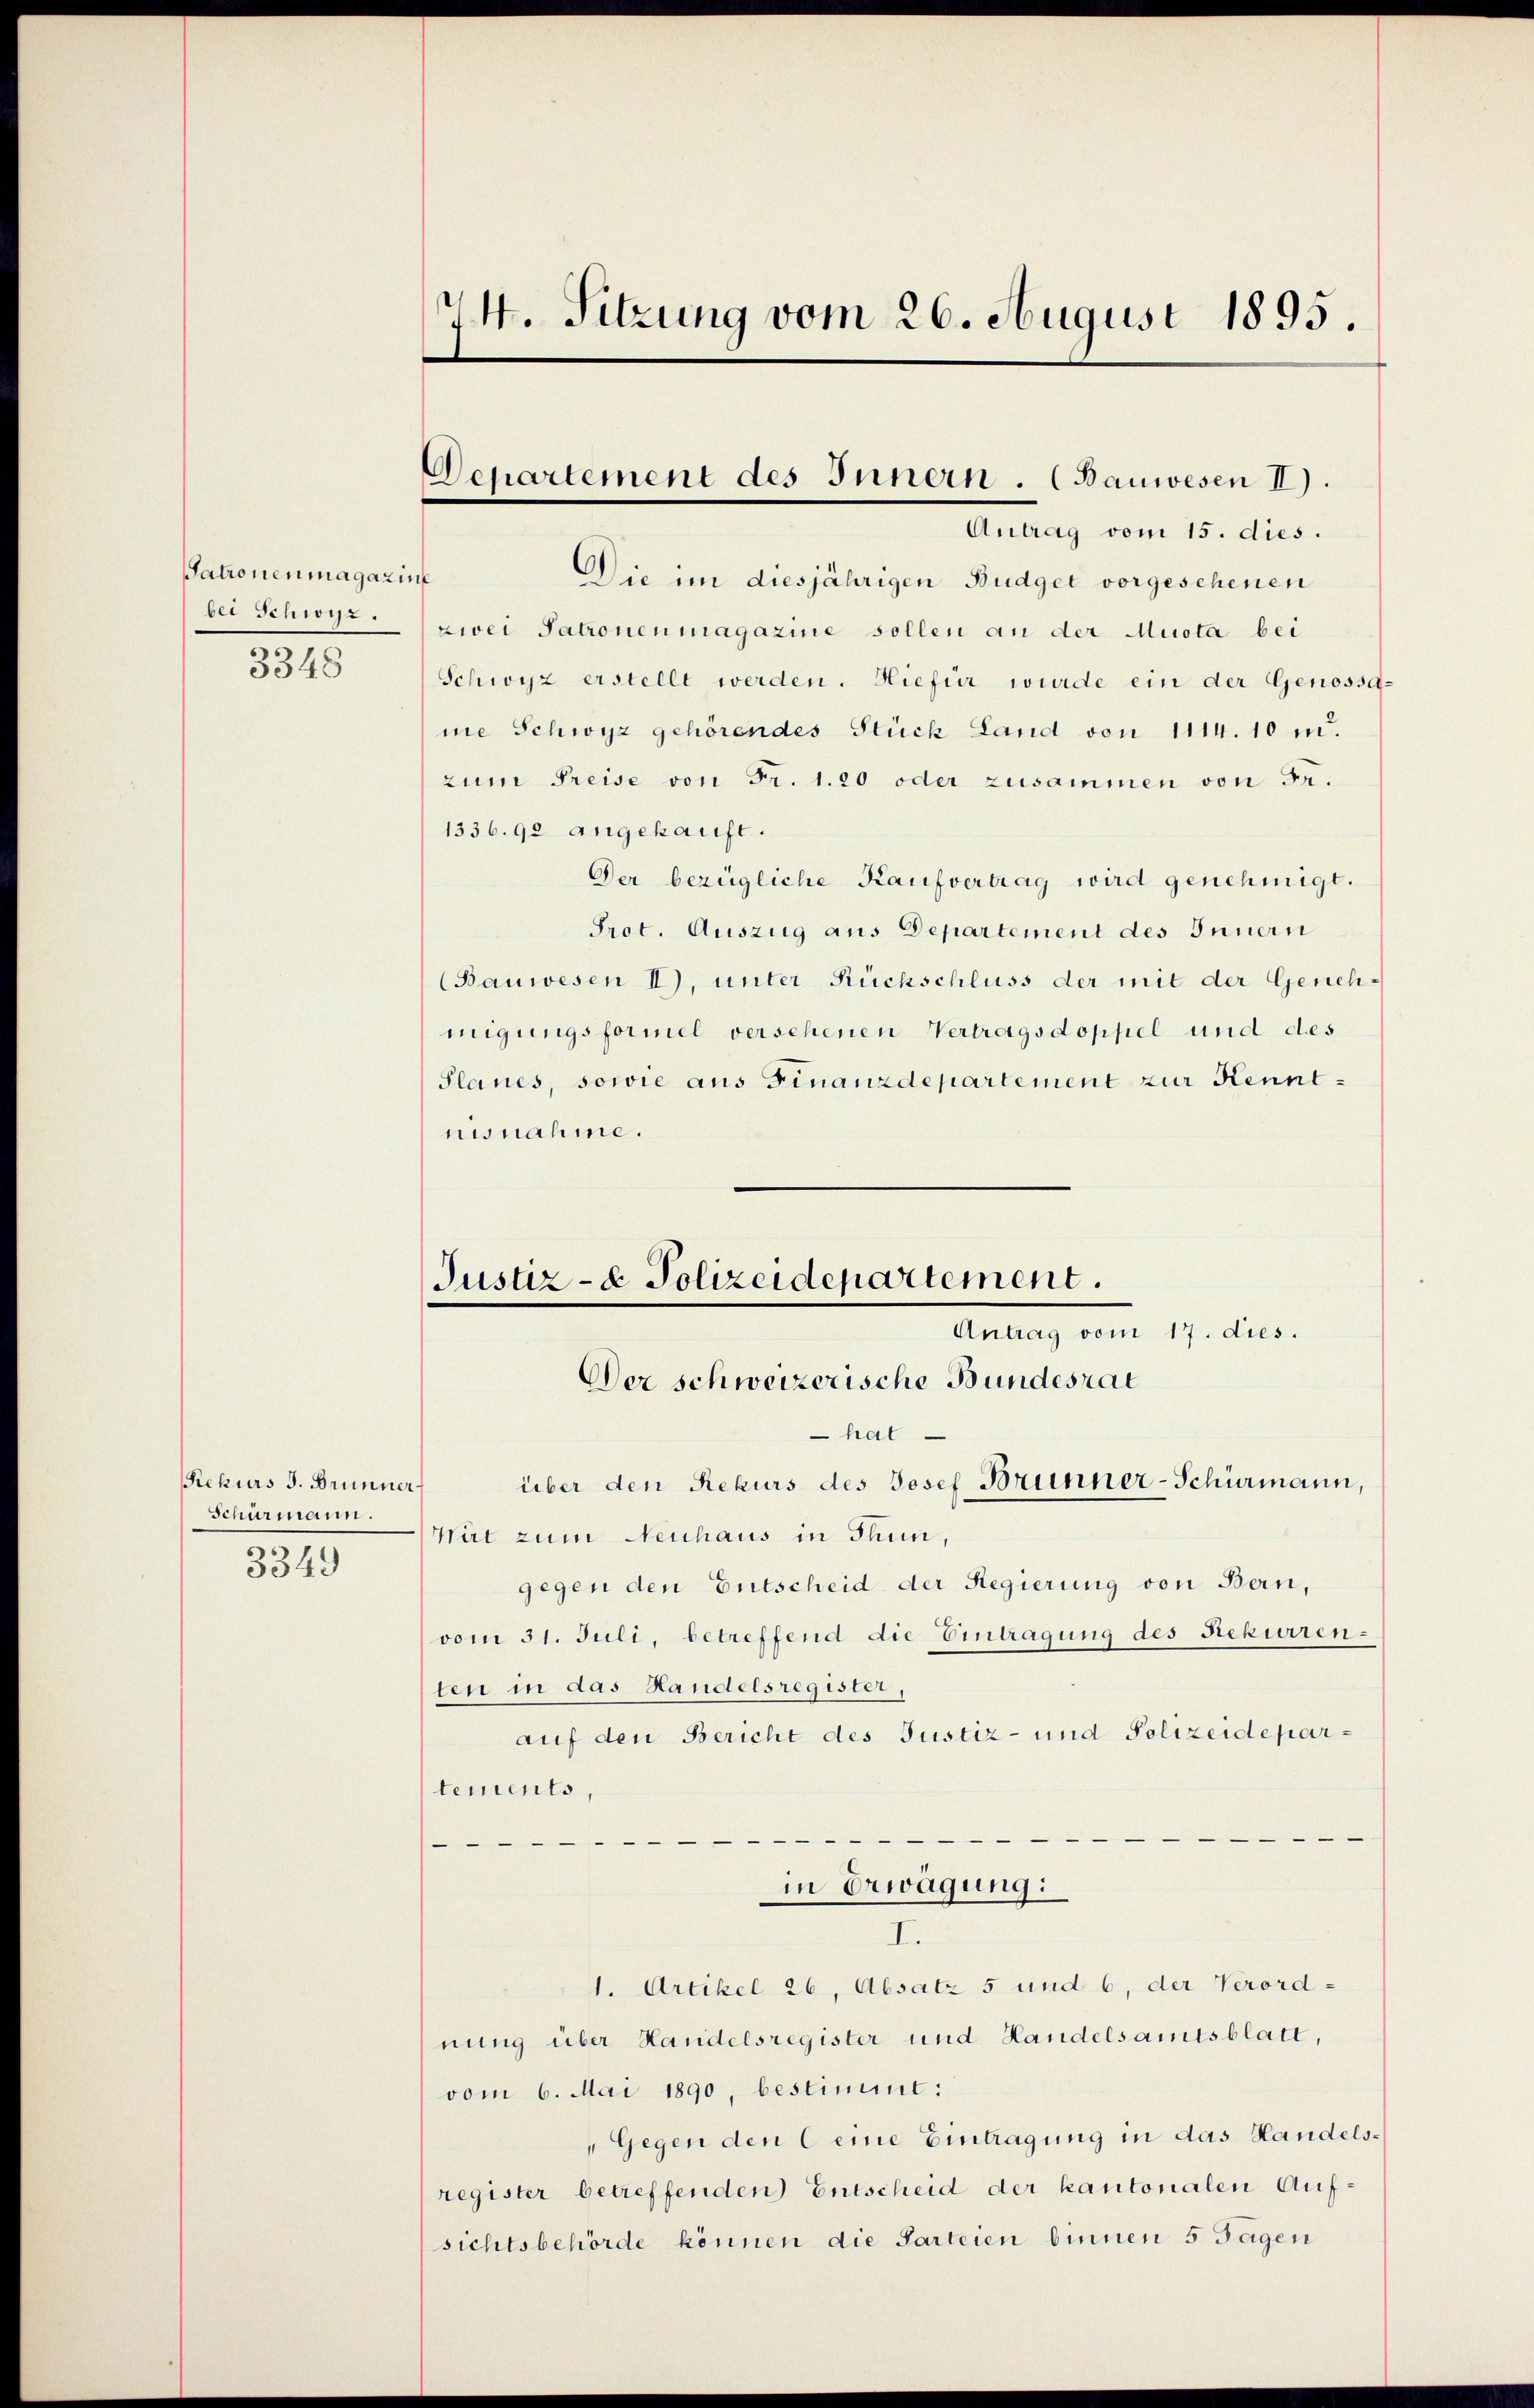
Satronenmagazin
bei Schwyz.
3345

Rekurs J. Brunner
Schürmann.
3349

e
14. Sitzung vom 26. August 1895.

Departement des Innern. (Bauwesen II).
Antrag vom 15. dies.

Justiz- & Polizeidepartement.
Antrag vom 17. dies.

e
Die im diesjährigen Budget vorgesehenen
zwei Patronenmagazine sollen an der Muota bei
Schwyz erstellt werden. Hiefür wurde ein der Genossame Schwyz gehörendes Stück Land von 1114. 10 u.
zum Preise von Fr. 1. 20 oder zusammen von Fr.
1336. 92 angekauft.
Der bezügliche Kaufvertrag wird genehmigt.
Prot. Auszug aus Departement des Innern
(Bauwesen I), unter Rückschluss der mit der Genehmigungsformel versehenen Vertragsdoppel und des
Planes, sowie aus Finanzdepartement zur Kenntnisnahme.
Der schweizerische Bundesrat
hat
über den Rekurs des Josef Brünner-Schürmann,
Wirt zum Neuhaus in Thun,
gegen den Entscheid der Regierung von Bern,
vom 31. Juli, betreffend die Eintragung des Rekurrenten in das Handelsregister,
auf den Bericht des Justiz- und Polizeidepartements,
—

in Erwägung:
I.
1. Artikel 26, Absatz 5 und 6, der Verordnung über Handelsregister und Handelsamtsblatt,
vom 6. Mai 1890, bestimmt:
"Gegen den eine Eintragung in das Handelsregister betreffenden Entscheid der kantonalen Aufsichtsbehörde können die Parteien binnen 5 Tagen